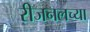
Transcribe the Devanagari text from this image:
रीजनलच्या